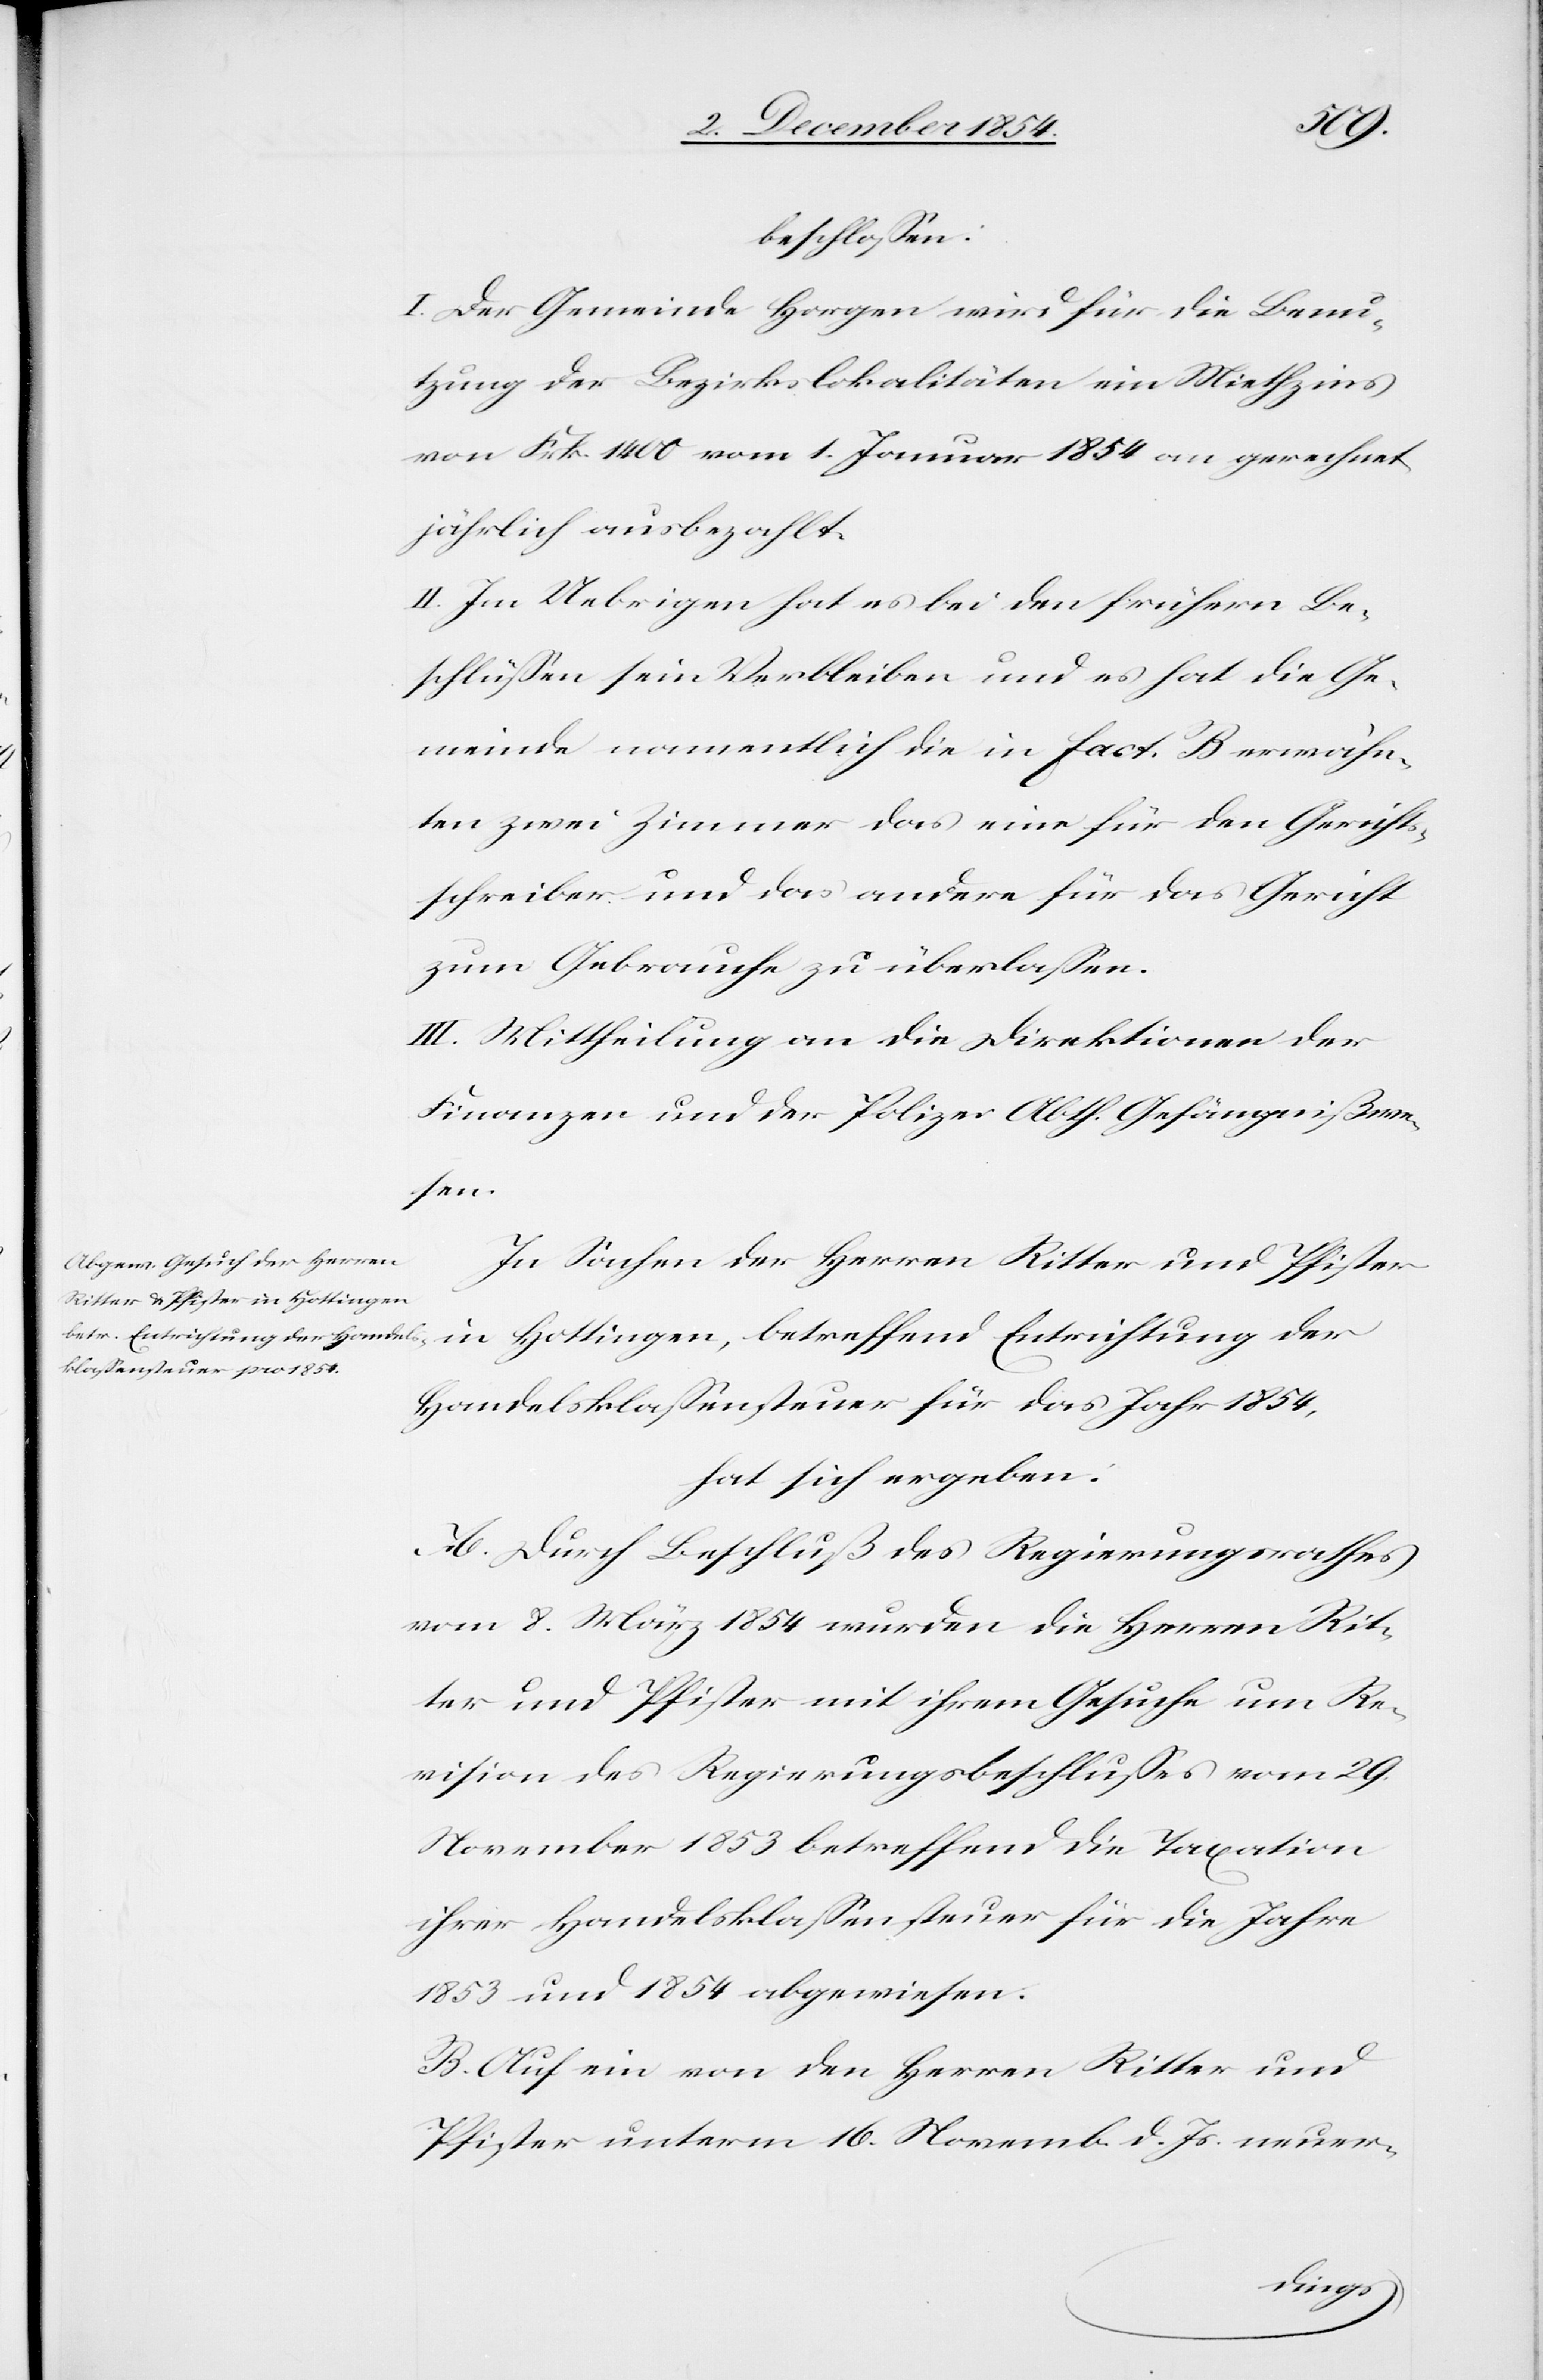
beschloßen:
I. Der Gemeinde Horgen wird für die Benu¬
tzung der Bezirkslokalitäten ein Miethzins
von Frk. 1400 vom 1. Januar 1854 an gerechnet
jährlich ausbezahlt.
II. Im Uebrigen hat es bei den frühern Be¬
schlüßen sein Verbleiben und es hat die Ge¬
meinde namentlich die in fact. B erwähn¬
ten zwei Zimmer das eine für den Gericht¬
sschreiber und das andere für das Gericht
zum Gebrauche zu überlaßen.
III. Mittheilung an die Direktionen der
Finanzen und der Polizei Abth. Gefängnißwe¬
fend
In Sachen der Herren Ritter und Pfister
Handelsklaßensteuer für das Jahr 1854,
hat sich ergeben:
A. Durch Beschluß des Regierungsrathes
vom 8. März 1854 wurden die Herren Rit¬
ter und Pfister mit ihrem Gesuche um Re¬
vision des Regierungsbeschlußes vom 29.
November 1853 betreffend die Taxation
ihrer Handelsklaßensteuer für die Jahre
1853 und 1854 abgewiesen.
B. Auf ein von den Herren Ritter und
Pfister unterm 16. Novemb. d. Js. neuer-
Entrichtung